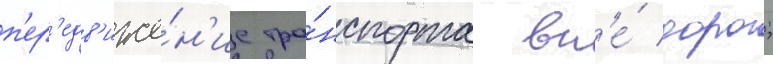
п'ер'едв'иже́н'ие тра́нспорта вн'е́ дорог;